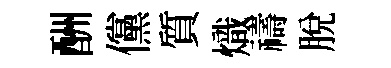
酬儻質熾禱脫